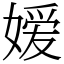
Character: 嫒